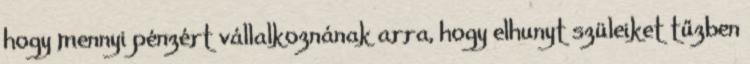
hogy mennyi pénzért vállalkoznának arra, hogy elhunyt szüleiket tűzben